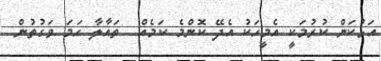
އަޅުކަން ކުރުމަކީ އެމީހަކު އެދޭ ކޮންމެ ކަމެއް  ތައާލާ ހަމަ ވަގުތުން